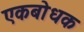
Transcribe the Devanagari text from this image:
एकबोधक